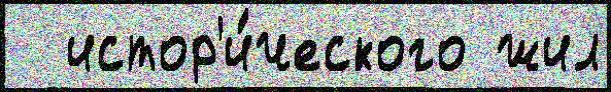
  истор'и́ческого жил